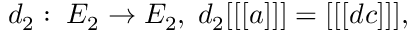
d _ { 2 } : \; E _ { 2 } \rightarrow E _ { 2 } , \; d _ { 2 } [ [ [ a ] ] ] = [ [ [ d c ] ] ] ,